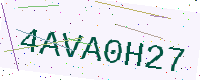
Text: 4AVA0H27